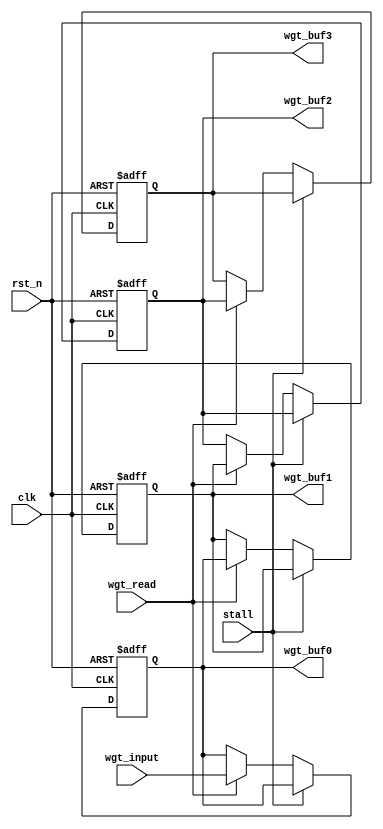
`timescale 1ns/1ps

module WGT_BUF (clk, stall, rst_n, wgt_input, wgt_read, wgt_buf0, wgt_buf1, wgt_buf2, wgt_buf3);

input clk;
input stall;
input rst_n;
input signed [7:0] wgt_input;
input wgt_read;
output signed [7:0] wgt_buf0;
output signed [7:0] wgt_buf1;
output signed [7:0] wgt_buf2;
output signed [7:0] wgt_buf3;

reg signed [7:0] wgt_buf [3:0];


integer i;

always @(posedge clk or negedge rst_n) 
    if (~rst_n) 
    begin
        for(i = 0; i < 4; i = i + 1) 
        begin
            wgt_buf[i] <= 0;
        end
    end
    else
    begin
        if(!stall) begin
            if(wgt_read)
            begin
                wgt_buf[3] <= wgt_buf[2];
                wgt_buf[2] <= wgt_buf[1];
                wgt_buf[1] <= wgt_buf[0];
                wgt_buf[0] <= wgt_input;
            end
            else
            begin
                wgt_buf[3] <= wgt_buf[3];
                wgt_buf[2] <= wgt_buf[2];
                wgt_buf[1] <= wgt_buf[1];
                wgt_buf[0] <= wgt_buf[0];
            end
        end
    end

    assign wgt_buf0 = wgt_buf[0];
    assign wgt_buf1 = wgt_buf[1];
    assign wgt_buf2 = wgt_buf[2];
    assign wgt_buf3 = wgt_buf[3];

endmodule